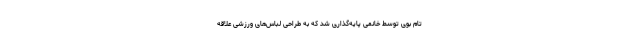
تام بوی توسط خانمی پایه‌گذاری شد که به طراحی لباس‌‌های ورزشی علاقه